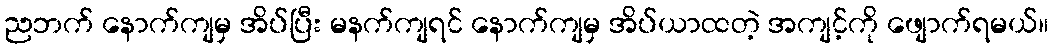
ညဘက် နောက်ကျမှ အိပ်ပြီး မနက်ကျရင် နောက်ကျမှ အိပ်ယာထတဲ့ အကျင့်ကို ဖျောက်ရမယ်။